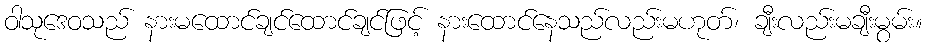
ဝါသုဒေဝသည် နားမထောင်ချင်ထောင်ချင်ဖြင့် နားထောင်နေသည်လည်းမဟုတ်၊ ချီးလည်းမချီးမွမ်း။